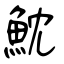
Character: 魫